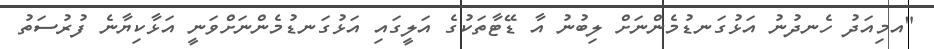
"އމިއަދު ހެނދުނު އަޅުގަނޑުމެންނަށް ލިބުނު އާ ޑޭޓާތަކުގެ އަލީގައި އަޅުގަނޑުމެންްނަށްވަނީ އަޅާކިޔާނެ ފުރުސަތު